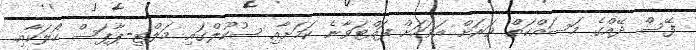
ފޭސް ދޭއްގެ މަސައްކަތް ވަރަށް އަވަހަށް ފައްޓަވާނެ ކަމަށާއި ސުކޫލްގައި މަލްޓި-ޕާޕަސް ހޯލަކާއި